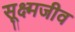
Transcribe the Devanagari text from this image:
सूक्ष्‍मजीव